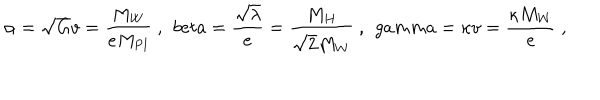
\alpha = \sqrt { G } v = \frac { M _ { W } } { e M _ { \mathrm { P l } } } \ , \ \, b e t a = \frac { \sqrt { \lambda } } { e } = \frac { M _ { H } } { \sqrt { 2 } M _ { W } } \ , \ \, g a m m a = \kappa v = \frac { \kappa M _ { W } } { e } \ ,